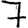
Digit: 7